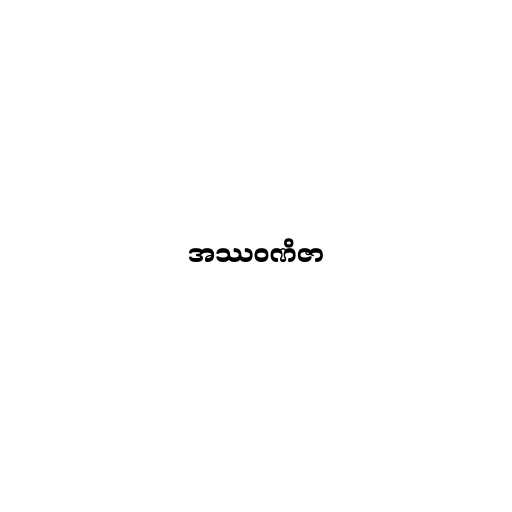
အဿဝဏိဇာ